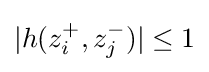
|h(z_{i}^{+},z_{j}^{-})|\leq 1